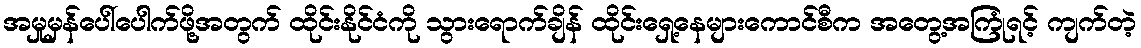
အမှုမှန်ပေါ်ပေါက်ဖို့အတွက် ထိုင်းနိုင်ငံကို သွားရောက်ချိန် ထိုင်းရှေ့နေများကောင်စီက အတွေ့အကြုံရင့် ကျက်တဲ့